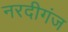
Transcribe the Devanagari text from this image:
नरदीगंज